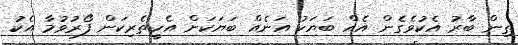
ތިން ބާރު އެކުވެގެން އެއް ބަޔަކު އަނެއް ބަޔަކަށް އެހީތެރިކަން ފޯރުވުމާ އެކު